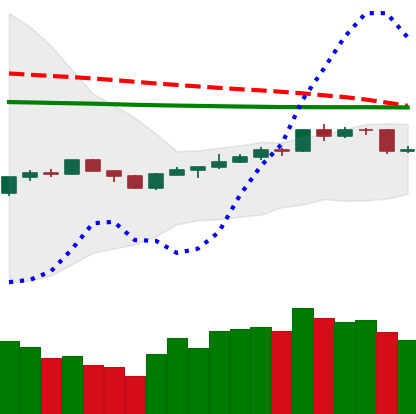
Ticker: BNB-USD
Chart end date: 2020-04-11
Forward return: 13.753%
Label: up_7plus